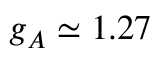
g _ { A } \simeq 1 . 2 7